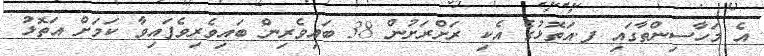
އެ މަހާސިންތާގައި ފ.އަތޮޅުގެ އެކި ރަށްރަށުން 38 ބައިވެރިން ބައިވެރިވެފައިވާ ކަމަށް އަތޮޅު